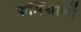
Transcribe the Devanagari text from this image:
फर्मियानों